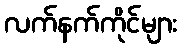
လက်နက်ကိုင်များ